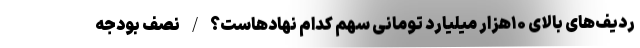
ردیف‌های بالای ۱۰هزار میلیارد تومانی سهم کدام نهادهاست؟/نصف بودجه